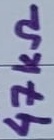
Text: 47KΩ